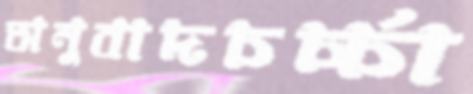
অনুবাদচর্চ্চা